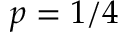
p = 1 / 4